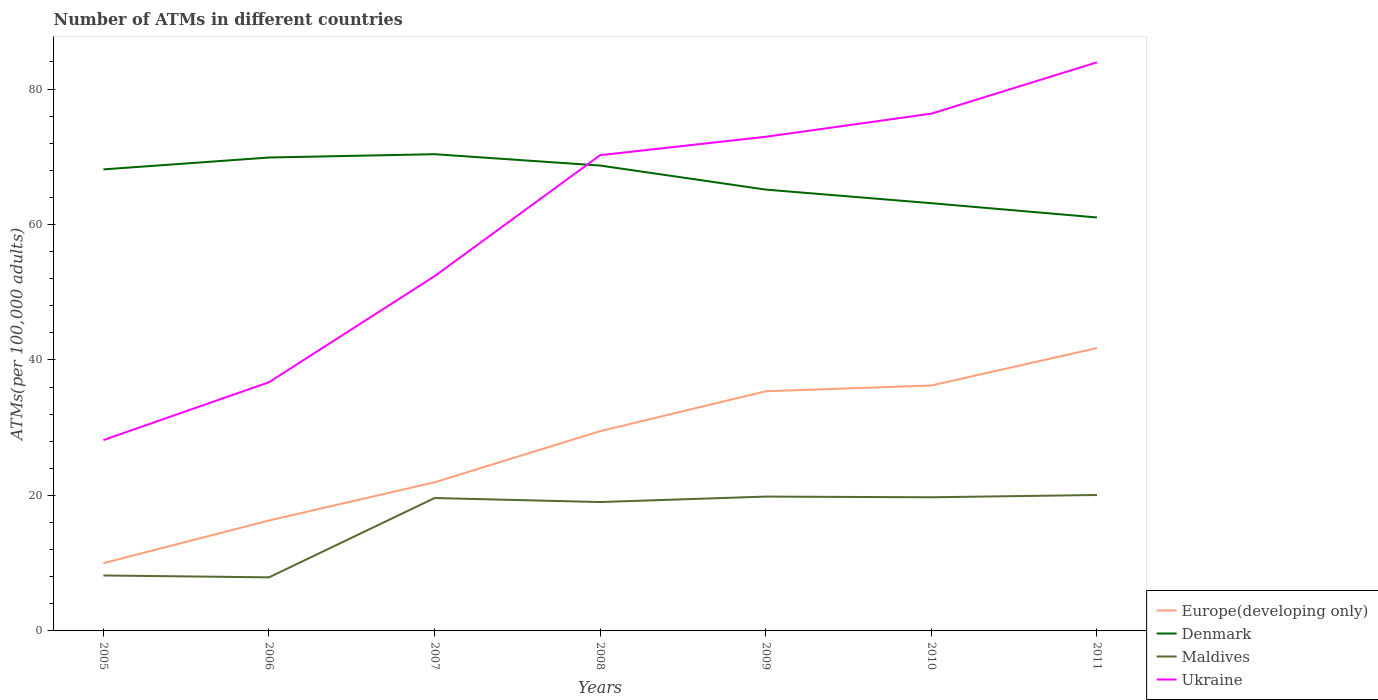
| Years | Europe(developing only) | Denmark | Maldives | Ukraine |
 | --- | --- | --- | --- | --- |
 | 2005 | 10 | 68.1 | 8.19 | 28.2 |
 | 2006 | 16.3 | 69.9 | 7.91 | 36.7 |
 | 2007 | 21.9 | 70.4 | 19.6 | 52.4 |
 | 2008 | 29.5 | 68.7 | 19 | 70.2 |
 | 2009 | 35.4 | 65.2 | 19.8 | 73 |
 | 2010 | 36.2 | 63.1 | 19.7 | 76.4 |
 | 2011 | 41.8 | 61 | 20.1 | 83.9 |